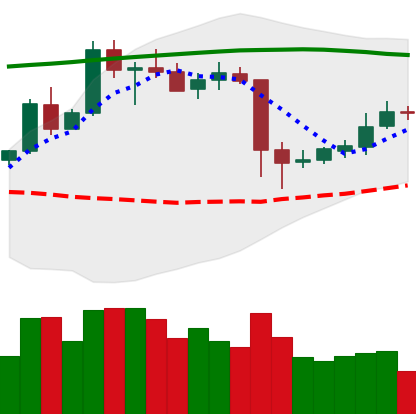
Ticker: ETC-USD
Chart end date: 2020-05-17
Forward return: -3.103%
Label: down_3_5